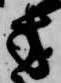
方